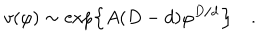
v ( \varphi ) \sim \exp \left\{ A ( D - d ) \varphi ^ { D / d } \right\} \quad .